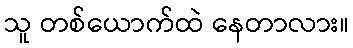
သူ တစ်ယောက်ထဲ နေတာလား။